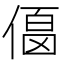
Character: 𠍚